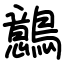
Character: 鷾